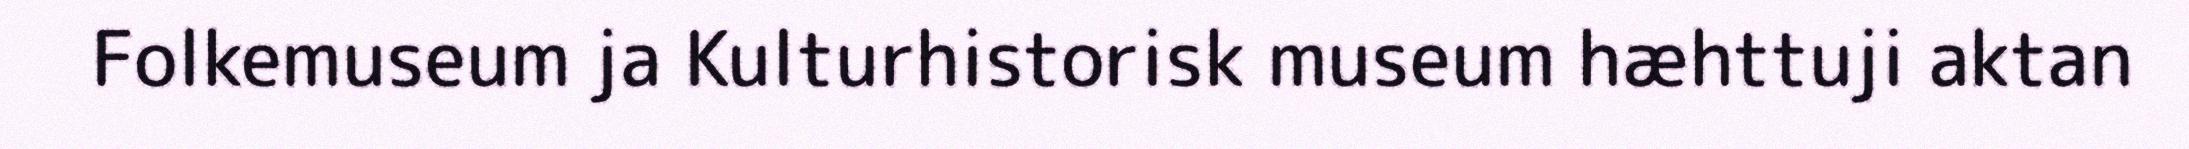
Folkemuseum ja Kulturhistorisk museum hæhttuji aktan